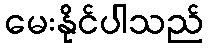
မေးနိုင်ပါသည်